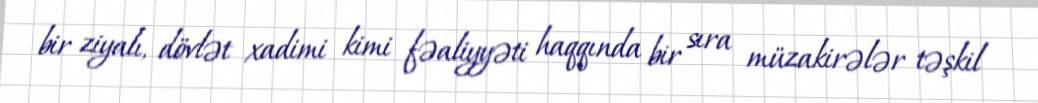
bir ziyalı, dövlət xadimi kimi fəaliyyəti haqqında bir sıra müzakirələr təşkil